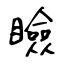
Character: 瞼